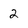
Character: 2